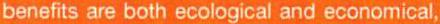
benefits are both ecological and economical,